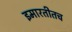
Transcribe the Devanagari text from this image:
इमारतीतच